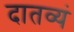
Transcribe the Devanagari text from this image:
दातव्यं